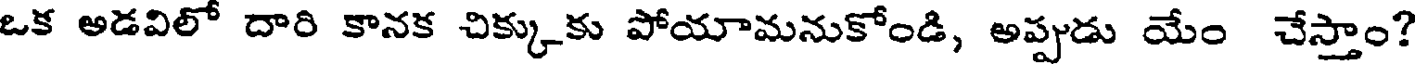
ఒక అడవిలో దారి కానక చిక్కుకు పోయామనుకోండి, అప్పుడు యేం చేస్తాం?